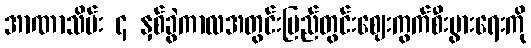
အာဏာသိမ်း ၄ နှစ်ခွဲကာလအတွင်းပြည်တွင်းဈေးကွက်စီးပွားရေးကို